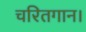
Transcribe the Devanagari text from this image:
चरितगान।